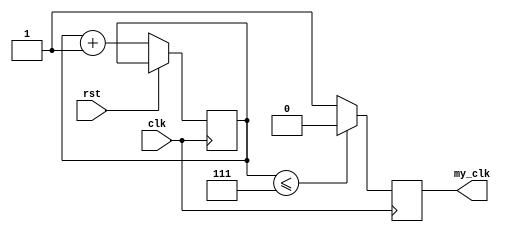
module my_clk_8 #(
    parameter CLK_DIV = 16
    )(
    // INPUT
    input clk,  
    input rst,  
    
    // OUTPUT
    output my_clk
  );

  assign my_clk = my_clk_q;
  
  parameter CTR_SIZE = $clog2(CLK_DIV); //$clog2(2**CLK_DIV);

  reg [CTR_SIZE-1:0] cnt_d, cnt_q;
  reg my_clk_q, my_clk_d;

  /* Combinational Logic */
  always @* begin
    //out = 0;
    cnt_d = cnt_q + 1'b1;
    if (cnt_q <= {CTR_SIZE-1{1'b1}}) begin
       // counter isn't max value yet
      my_clk_d=1'b0;
    end else begin
      //cnt_d=0;
      my_clk_d=1'b1;
  //    ready_d = 1'b1; // counter reached the max, we are ready
    end
    
  end
  
  /* Sequential Logic */
  always @(posedge clk) begin
    if (rst) begin
      // Add flip-flop reset values here
     // cnt_q<=0;
    end else begin
      // Add flip-flop q <= d statements here
      cnt_q <= cnt_d;
    end
    my_clk_q <= my_clk_d;
  end
  
endmodule